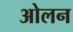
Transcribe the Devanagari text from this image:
ओलन